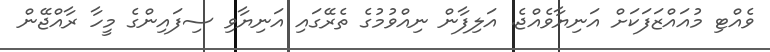
ވެއްޓި މުއައްޒަފަކަށް އަނިޔާވެއްޖެ. އަލިފާން ނިއްވުމުގެ ތެރޭގައި އަނިޔާވި ސިފައިންގެ މީހާ ރާއްޖޭން